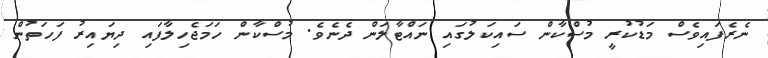
ނެރެފައިވެސް މަޑުކުރީ މުސްކާން ސައިކަލުގައި ނައްޓާލަން ދެނެވެ. މުސްކާން ހަމަޖެހިލާފައި ދިޔައިރު ފަހަތުން